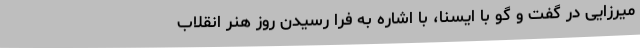
میرزایی در گفت و گو با ایسنا، با اشاره به فرا رسیدن روز هنر انقلاب